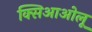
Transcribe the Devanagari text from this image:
क्सिआओलू